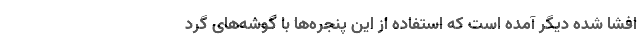
افشا شده دیگر آمده است که استفاده از این پنجره‌ها با گوشه‌های گرد